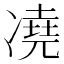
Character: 𪞭